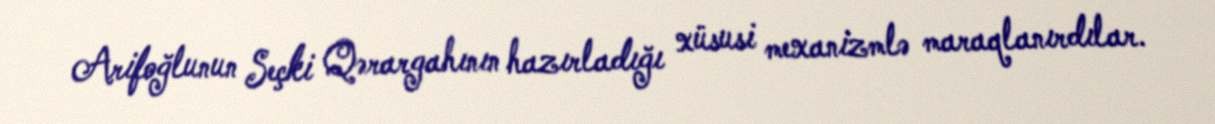
Arifoğlunun Seçki Qərargahının hazırladığı xüsusi mexanizmlə maraqlanırdılar.